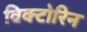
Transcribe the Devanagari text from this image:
विक्टोरिन